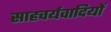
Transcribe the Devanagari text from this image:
साहचर्यवादियों